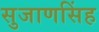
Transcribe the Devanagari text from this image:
सुजाणसिंह